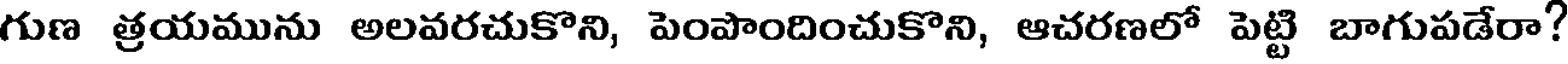
గుణ త్రయమును అలవరచుకొని, పెంపొందించుకొని, ఆచరణలో పెట్టి బాగుపడేరా?